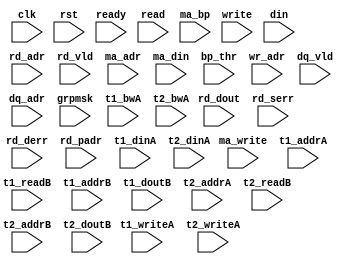
/*
 * Copyright (C) 2011 Memoir Systems Inc. These coded instructions, statements, and computer programs are
 * Confidential Proprietary Information of Memoir Systems Inc. and may not be disclosed to third parties
 * or copied in any form, in whole or in part, without the prior written consent of Memoir Systems Inc.
 * 
 * */

module algo_2r1w4m2d_m73_sva_wrap
#(parameter IP_WIDTH = 32, parameter IP_BITWIDTH = 5, parameter IP_DECCBITS = 7, parameter IP_NUMADDR = 8192, parameter IP_BITADDR = 13, 
parameter IP_NUMVBNK = 4,	parameter IP_BITVBNK = 2, parameter IP_BITPBNK = 3,
parameter IP_ENAECC = 0, parameter IP_ENAPAR = 0, parameter IP_SECCBITS = 5, parameter IP_SECCDWIDTH = 11, 
parameter FLOPECC = 0, parameter FLOPIN = 0, parameter FLOPOUT = 0, parameter FLOPCMD = 0, parameter FLOPMEM = 0,
parameter IP_REFRESH = 1, parameter IP_REFFREQ = 6,  parameter IP_REFFRHF = 0,

parameter T1_WIDTH = 32, parameter T1_NUMVBNK = 4, parameter T1_BITVBNK = 2, parameter T1_DELAY = 1, parameter T1_NUMVROW = 2048, parameter T1_BITVROW = 11, 
parameter T1_BITWSPF = 0, parameter T1_NUMWRDS = 1, parameter T1_BITWRDS = 1, parameter T1_NUMSROW = 2048, parameter T1_BITSROW = 11, parameter T1_PHYWDTH = 32,

parameter T2_WIDTH = 27, parameter T2_NUMVBNK = 8, parameter T2_BITVBNK = 3, parameter T2_DELAY = 1, parameter T2_NUMVROW = 2048, parameter T2_BITVROW = 11,
parameter T2_BITWSPF = 0, parameter T2_NUMWRDS = 1, parameter T2_BITWRDS = 1, parameter T2_NUMSROW = 2048, parameter T2_BITSROW = 11, parameter T2_PHYWDTH = 27)
( clk, 		rst, 		ready,
  read, 	rd_adr, 	rd_dout, 	rd_vld, 	rd_serr, 	rd_derr, 	rd_padr,
  ma_write, 	ma_adr, 	ma_din,	        ma_bp,		bp_thr,
  write, 	wr_adr, 	din,
  dq_vld,       dq_adr,
 
  grpmsk,

t1_writeA, t1_addrA, t1_dinA, t1_bwA,
t1_readB, t1_addrB, t1_doutB,
t2_writeA, t2_addrA, t2_dinA, t2_bwA, 
t2_readB, t2_addrB, t2_doutB);

  parameter NUMRDPT = 2;
  parameter NUMWRPT = 1;
  parameter NUMMAPT = 4;
  parameter NUMDQPT = 2;
  
  parameter T1_INST = T1_NUMVBNK;
  parameter T2_INST = T2_NUMVBNK;
  
  parameter WIDTH = IP_WIDTH;
  parameter BITWDTH = IP_BITWIDTH;
  parameter NUMADDR = IP_NUMADDR;
  parameter BITADDR = IP_BITADDR;
  
  parameter NUMVROW = T1_NUMVROW;  // ALGO1 Parameters
  parameter BITVROW = T1_BITVROW;
  parameter NUMVBNK = T1_NUMVBNK;
  parameter BITVBNK = T1_BITVBNK;
  
  parameter NUMWRDS = T1_NUMWRDS;     // ALIGN Parameters
  parameter BITWRDS = T1_BITWRDS;
  parameter NUMSROW = T1_NUMSROW;
  parameter BITSROW = T1_BITSROW;
  
  parameter ECCBITS = IP_SECCBITS;
  parameter SRAM_DELAY = T2_DELAY;
  parameter DRAM_DELAY = T1_DELAY;
  
  parameter MEMWDTH = WIDTH;
  parameter PHYWDTH = NUMWRDS*MEMWDTH;
  parameter BITPADR = BITVBNK+BITSROW+BITWRDS+1;
  parameter SDOUT_WIDTH = 2*BITVROW+ECCBITS;
//  parameter SDOUT_WIDTH = BITVROW;

input clk; input rst;
input ready; 

input  [NUMMAPT - 1:0]				ma_write; 
input  [NUMMAPT* BITADDR - 1:0] 	ma_adr; 
input  [NUMMAPT* WIDTH - 1:0]		ma_din;
input  [NUMMAPT - 1:0]				ma_bp; 
input [7:0]				bp_thr;

input  [NUMWRPT - 1:0]				write; 
input  [NUMWRPT* BITADDR - 1:0] 	wr_adr; 
input  [NUMWRPT* WIDTH - 1:0]		din;

input  [NUMRDPT - 1:0] 				read; 
input  [NUMRDPT* BITADDR - 1:0] 	rd_adr; 
input [NUMRDPT* WIDTH - 1:0] 		rd_dout; 
input [NUMRDPT - 1:0] 				rd_vld; 
input [NUMRDPT - 1:0] 				rd_serr; 
input [NUMRDPT - 1:0] 				rd_derr; 
input [NUMRDPT* BITPADR - 1:0] 	rd_padr;

input  [NUMDQPT - 1:0]			dq_vld;
input  [NUMDQPT* BITADDR - 1:0]		dq_adr;

input  [NUMVBNK - 1:0]                  grpmsk;

input [T1_INST- 1:0] 			t1_writeA; 
input [T1_INST*BITSROW - 1:0] t1_addrA; 
input [T1_INST*PHYWDTH - 1:0] 	t1_dinA;
input [T1_INST*PHYWDTH - 1:0] 	t1_bwA; 
input [T1_INST - 1:0] 			t1_readB; 
input [T1_INST*BITSROW - 1:0] t1_addrB; 
input  [T1_INST*PHYWDTH - 1:0] 	t1_doutB;

input [T2_INST - 1:0] t2_writeA; 
input [T2_INST*BITVROW - 1:0] t2_addrA; 
input [T2_INST*SDOUT_WIDTH - 1:0] t2_dinA; 
input [T2_INST*SDOUT_WIDTH - 1:0] t2_bwA;

input [T2_INST - 1:0] t2_readB; 
input [T2_INST*BITVROW - 1:0] t2_addrB; 
input  [T2_INST*SDOUT_WIDTH - 1:0] t2_doutB;

// BELOW is the shipped version of assertions for one instance.
// clean it up and enable it.


/* -----\/----- EXCLUDED -----\/-----

module memoir_2r1w4m2d_48Kx1794_sva_3_3_7207M
  #(
    parameter     NUMADDR = 49152,
    parameter     BITADDR = 16,
    parameter     NUMMAPT = 4,
    parameter     NUMDQPT = 2,
    parameter     BITVROW = 11,
    parameter     NUMVBNK = 24
    )
  (
   input                 clk,
   input                 rst,
   input                 ready,
   input [BITVROW:0]     bp_thr,
   input [BITVROW:0]     bp_hys,
   input [NUMVBNK-1:0]   grpmsk,
   input [NUMVBNK-1:0]   grpbp,
   input [NUMVBNK-1:0]   grpmt,
   input                 read_0,
   input [BITADDR - 1:0] addr_0,
   input                 read_vld_0,
   input                 read_1,
   input [BITADDR - 1:0] addr_1,
   input                 read_vld_1,

   input                 write_2,
   input [BITADDR - 1:0] addr_2,
   input                 wr_bp_3,
   input                 wr_vld_3,
   input [BITADDR - 1:0] addr_3,
   input                 wr_bp_4,
   input                 wr_vld_4,
   input [BITADDR - 1:0] addr_4,
   input                 wr_bp_5,
   input                 wr_vld_5,
   input [BITADDR - 1:0] addr_5,
   input                 wr_bp_6,
   input                 wr_vld_6,
   input [BITADDR - 1:0] addr_6,

   input                 dq_vld_7,
   input [BITADDR-1:0]   dq_adr_7,
   input                 dq_vld_8,
   input [BITADDR-1:0]   dq_adr_8
   );

  localparam CCWDTH = 32;
  localparam SBWDTH = CCWDTH + 1;
  localparam OCWDTH = BITVROW + 1;
  localparam BITBNK = BITADDR-BITVROW;
  localparam GPCWIN = 100;

  wire [BITBNK-1:0] bank_0  = addr_0[BITADDR-1:BITVROW];
  wire [BITBNK-1:0] bank_1  = addr_1[BITADDR-1:BITVROW];
  wire [BITBNK-1:0] bank_2  = addr_2[BITADDR-1:BITVROW];
  wire [BITBNK-1:0] bank_3  = addr_3[BITADDR-1:BITVROW];
  wire [BITBNK-1:0] bank_4  = addr_4[BITADDR-1:BITVROW];
  wire [BITBNK-1:0] bank_5  = addr_5[BITADDR-1:BITVROW];
  wire [BITBNK-1:0] bank_6  = addr_6[BITADDR-1:BITVROW];
  wire [BITBNK-1:0] bank_7  = dq_adr_7[BITADDR-1:BITVROW];
  wire [BITBNK-1:0] bank_8  = dq_adr_8[BITADDR-1:BITVROW];

  reg                    grpmsk_start;
  reg                    grpmsk_flag;
  reg                    grpbp_start;
  reg                    grpbp_flag;
  integer                grpf_int;
  always_comb begin
    grpmsk_start = 0;
    grpmsk_flag = 0;
    grpbp_start = 0;
    grpbp_flag = 0;
    for (grpf_int=NUMVBNK-1; grpf_int>=0; grpf_int=grpf_int-1) begin
      if (grpmsk_start && !grpmsk[grpf_int])
        grpmsk_flag = 1; // memoir - this line will not be covered under normal stimulus
      if (grpmsk[grpf_int])
        grpmsk_start = 1;
      if (grpbp_start && !grpbp[grpf_int])
        grpbp_flag = 1; // memoir - this line will not be covered under normal stimulus
      if (grpbp[grpf_int])
        grpbp_start = 1;
    end
  end
  
  assume_grpbp_less_check: assert property (@(posedge clk) disable iff (rst) (grpbp==(grpmsk & grpbp)))
    else $display("[ERROR:memoir:%m:%0t] grpbp not less grpmsk=0x%0x grpbp=0x%0x", $time, grpmsk, grpbp);
  assume_grpmsk_cont_check: assert property (@(posedge clk) disable iff (rst) !grpmsk_flag)
    else $display("[ERROR:memoir:%m:%0t] contiguous bits must be set grpmsk=0x%0x", $time, grpmsk);
  assume_grpbp_cont_check: assert property (@(posedge clk) disable iff (rst) !grpbp_flag)
    else $display("[ERROR:memoir:%m:%0t] contiguous bits must be set grpbp=0x%0x", $time, grpbp);
  /-* commented out since these two signals are changed in the tests
   assume_grpmsk_stable: assert property (@(posedge clk) disable iff (rst) $stable(grpmsk));
   assume_grpbp_stable: assert property (@(posedge clk) disable iff (rst) $stable(grpbp));
   *-/

  reg [NUMVBNK-1:0] grpmsk_d;
  always @(posedge clk)
    grpmsk_d <= grpmsk;
  wire              grpmsk_c = grpmsk_d != grpmsk;
  wire              grpmsk_c_l2h = grpmsk_d < grpmsk;
  wire              grpmsk_c_h2l = grpmsk_d > grpmsk;

  reg [NUMVBNK-1:0] grpbp_d;
  always @(posedge clk)
    grpbp_d <= grpbp;
  wire              grpbp_c = grpbp_d != grpbp;
  wire              grpbp_c_l2h = grpbp_d < grpbp;
  wire              grpbp_c_h2l = grpbp_d > grpbp;

  reg [6:0]         grp_ccnt;
  always @(posedge clk)
    if (!ready)
      grp_ccnt <= 7'h0;
    else
      if (grpbp_c_h2l)
        grp_ccnt <= GPCWIN;
      else
        grp_ccnt <= grp_ccnt - |grp_ccnt;

  wire              grp_ccnt_done = (grp_ccnt == 7'd1);

  reg               bp_bnk_alloc_chk;
  always @(posedge clk)
    if (!ready)
      bp_bnk_alloc_chk <= 1'b0;
    else
      if (grpmsk_c_h2l)
        bp_bnk_alloc_chk <= 1'b0;
      else if (grp_ccnt_done)
        bp_bnk_alloc_chk <= 1'b1;

  wire m_bad_bank = bp_bnk_alloc_chk & |((grpmsk ^ 
                                          grpbp) & 
                                         ((wr_vld_6 << bank_6) |
                                          (wr_vld_5 << bank_5) |
                                          (wr_vld_4 << bank_4) |
                                          (wr_vld_3 << bank_3)));
  
  assert_grpbp_h2l_to_grpmsk_change_check: assert property (@(posedge clk) disable iff (!ready) grpbp_c_h2l |-> (!grpmsk_c [*GPCWIN]))
    else $display("[ERROR:memoir:%m:%0t] grpbp_h2l - grpmsk changed too soon grpmsk=0x%0x grpbp=0x%0x grpmt=0x%0x", $time, grpmsk, grpbp, grpmt);

  assert_grpbp_h2l_bad_alloc_check : assert property (@(posedge clk) disable iff (!ready) (!m_bad_bank))
    else $display ("[ERROR:memoir:%m:%0t] grpbp_h2l - bank allocated %0d cycles after grpbp change grpmsk=0x%0x grpbp=0x%0x grpmt=0x%0x", $time, GPCWIN, grpmsk, grpbp, grpmt);

  assert_bp_thr_check: assert property (@(posedge clk) disable iff (!ready) (bp_hys >= bp_thr))
    else $display("[ERROR:memoir:%m:%0t] bp_hys >= bp_thr failed bp_thr=%0d bp_hys=%0d", $time, bp_thr, bp_hys);

  assert_read_0_range_check: assert property (@(posedge clk) disable iff (!ready) read_0 |-> (addr_0 < NUMADDR))
    else $display("[ERROR:memoir:%m:%0t] r0 read address not in range addr=0x%0x", $time, addr_0);
  assert_read_1_range_check: assert property (@(posedge clk) disable iff (!ready) read_1 |-> (addr_1 < NUMADDR))
    else $display("[ERROR:memoir:%m:%0t] r1 read address not in range addr=0x%0x", $time, addr_1);
  assert_write_2_range_check: assert property (@(posedge clk) disable iff (!ready) write_2 |-> (addr_2 < NUMADDR))
    else $display("[ERROR:memoir:%m:%0t] w2 write address not in range addr=0x%0x", $time, addr_2);

  assert_wr_vld_3_range_check: assert property (@(posedge clk) disable iff (!ready) wr_vld_3 |-> (addr_3 < NUMADDR))
    else $display("[ERROR:memoir:%m:%0t] m0 malloc address not in range addr=0x%0x", $time, addr_3);
  assert_wr_vld_4_range_check: assert property (@(posedge clk) disable iff (!ready) wr_vld_4 |-> (addr_4 < NUMADDR))
    else $display("[ERROR:memoir:%m:%0t] m1 malloc address not in range addr=0x%0x", $time, addr_4);
  assert_wr_vld_5_range_check: assert property (@(posedge clk) disable iff (!ready) wr_vld_5 |-> (addr_5 < NUMADDR))
    else $display("[ERROR:memoir:%m:%0t] m2 malloc address not in range addr=0x%0x", $time, addr_5);
  assert_wr_vld_6_range_check: assert property (@(posedge clk) disable iff (!ready) wr_vld_6 |-> (addr_6 < NUMADDR))
    else $display("[ERROR:memoir:%m:%0t] m3 malloc address not in range addr=0x%0x", $time, addr_6);

  assert_dq_vld_7_range_check: assert property (@(posedge clk) disable iff (!ready) dq_vld_7 |-> (dq_adr_7 < NUMADDR))
    else $display("[ERROR:memoir:%m:%0t] dq0 read address not in range addr=0x%0x", $time, dq_adr_7);
  assert_dq_vld_8_range_check: assert property (@(posedge clk) disable iff (!ready) dq_vld_8 |-> (dq_adr_8 < NUMADDR))
    else $display("[ERROR:memoir:%m:%0t] dq1 read address not in range addr=0x%0x", $time, dq_adr_8);

  reg [CCWDTH-1:0] cycle_count;

  always @(posedge clk) begin : cycle_counter
    if (rst)
      cycle_count <= {CCWDTH{1'b0}};
    else
      cycle_count <= cycle_count + 1'b1;
  end

  reg [SBWDTH-1:0] score_board [0:NUMADDR-1]; // {vld, cyc cnt at event}

  integer sb_c;
  always @(posedge clk) begin : score_board_write
    if (rst)
      for (sb_c = 0; sb_c < NUMADDR; sb_c++)
        score_board[sb_c] <= {SBWDTH{1'b0}};
    else begin
      if (wr_vld_3)
        score_board[addr_3] <= {1'b1,cycle_count};
      if (wr_vld_4)
        score_board[addr_4] <= {1'b1,cycle_count};
      if (wr_vld_5)
        score_board[addr_5] <= {1'b1,cycle_count};
      if (wr_vld_6)
        score_board[addr_6] <= {1'b1,cycle_count};
      if (dq_vld_7)
        score_board[dq_adr_7] <= {1'b0,cycle_count};
      if (dq_vld_8)
        score_board[dq_adr_8] <= {1'b0,cycle_count};
    end
  end
  
  assert_wr_vld_3_realloc_check: assert property (@(posedge clk) disable iff (!ready) wr_vld_3 |-> !(score_board[addr_3][SBWDTH-1]))
    else $display("[ERROR:memoir:%m:%0t] m0 reallocating non-free addr=0x%0x", $time, addr_3);
  assert_wr_vld_4_realloc_check: assert property (@(posedge clk) disable iff (!ready) wr_vld_4 |-> !(score_board[addr_4][SBWDTH-1]))
    else $display("[ERROR:memoir:%m:%0t] m1 reallocating non-free addr=0x%0x", $time, addr_4);
  assert_wr_vld_5_realloc_check: assert property (@(posedge clk) disable iff (!ready) wr_vld_5 |-> !(score_board[addr_5][SBWDTH-1]))
    else $display("[ERROR:memoir:%m:%0t] m2 reallocating non-free addr=0x%0x", $time, addr_5);
  assert_wr_vld_6_realloc_check: assert property (@(posedge clk) disable iff (!ready) wr_vld_6 |-> !(score_board[addr_6][SBWDTH-1]))
    else $display("[ERROR:memoir:%m:%0t] m3 reallocating non-free addr=0x%0x", $time, addr_6);
  assert_dq_vld_7_noalloc_check: assert property (@(posedge clk) disable iff (!ready) dq_vld_7 |-> (score_board[dq_adr_7][SBWDTH-1]))
    else $display("[ERROR:memoir:%m:%0t] dq0 freeing non-allocated addr=0x%0x", $time, dq_adr_7);
  assert_dq_vld_8_noalloc_check: assert property (@(posedge clk) disable iff (!ready) dq_vld_8 |-> (score_board[dq_adr_8][SBWDTH-1]))
    else $display("[ERROR:memoir:%m:%0t] dq1 freeing non-allocated addr=0x%0x", $time, dq_adr_8);


  assert_read_bank_conflict_check: assert property (@(posedge clk) disable iff (!ready) !(read_0 & read_1 & (bank_0 == bank_1)))
    else $display("[ERROR:memoir:%m:%0t] read bank conflict r0 r1 bank0=%0d bank1=%0d", $time, bank_0, bank_1);

  assert_write_2_bad_bank_check: assert property (@(posedge clk) disable iff (!ready) write_2 |-> (grpmt[bank_2]))
    else $display("[ERROR:memoir:%m:%0t] w2 write to non-empty bank grpmt=0x%0x bank=%0d", $time, grpmt, bank_2);

  assert_wr_vld_3_bad_bank_check: assert property (@(posedge clk) disable iff (!ready) wr_vld_3 |-> (grpmsk[bank_3]))
    else $display("[ERROR:memoir:%m:%0t] m0 alloc on bad bank grpmsk=0x%0x bank=%0d", $time, grpmsk, bank_3);
  assert_wr_vld_4_bad_bank_check: assert property (@(posedge clk) disable iff (!ready) wr_vld_4 |-> (grpmsk[bank_4]))
    else $display("[ERROR:memoir:%m:%0t] m1 alloc on bad bank grpmsk=0x%0x bank=%0d", $time, grpmsk, bank_4);
  assert_wr_vld_5_bad_bank_check: assert property (@(posedge clk) disable iff (!ready) wr_vld_5 |-> (grpmsk[bank_5]))
    else $display("[ERROR:memoir:%m:%0t] m2 alloc on bad bank grpmsk=0x%0x bank=%0d", $time, grpmsk, bank_5);
  assert_wr_vld_6_bad_bank_check: assert property (@(posedge clk) disable iff (!ready) wr_vld_6 |-> (grpmsk[bank_6]))
    else $display("[ERROR:memoir:%m:%0t] m3 alloc on bad bank grpmsk=0x%0x bank=%0d", $time, grpmsk, bank_6);
  assert_dq_vld_7_empty_bank_check: assert property (@(posedge clk) disable iff (!ready) dq_vld_7 |-> (!grpmt[bank_7]))
    else $display("[ERROR:memoir:%m:%0t] dq0 dequeue on empty bank grpmt=0x%0x bank=%0d", $time, grpmt, bank_7);
  assert_dq_vld_8_empty_bank_check: assert property (@(posedge clk) disable iff (!ready) dq_vld_8 |-> (!grpmt[bank_8]))
    else $display("[ERROR:memoir:%m:%0t] dq1 dequeue on empty bank grpmt=0x%0x bank=%0d", $time, grpmt, bank_8);

  reg [OCWDTH-1:0]  bank_alloc_count [0:NUMVBNK-1];
  reg [OCWDTH-1:0]  bank_alloc_count_c [0:NUMVBNK-1];

  integer           bo_a;
  always_comb begin : bank_alloc_calc
    for (bo_a = 0; bo_a < NUMVBNK; bo_a++)
      bank_alloc_count_c[bo_a] = bank_alloc_count[bo_a];
    bank_alloc_count_c[bank_3] = bank_alloc_count_c[bank_3] + wr_vld_3;
    bank_alloc_count_c[bank_4] = bank_alloc_count_c[bank_4] + wr_vld_4;
    bank_alloc_count_c[bank_5] = bank_alloc_count_c[bank_5] + wr_vld_5;
    bank_alloc_count_c[bank_6] = bank_alloc_count_c[bank_6] + wr_vld_6;
  end

  integer bo_b;
  always @(posedge clk) begin : bank_alloc_count_write
    for (bo_b = 0; bo_b < NUMVBNK; bo_b++)
      if (rst)
        bank_alloc_count[bo_b] <= {OCWDTH{1'b0}};
      else
        bank_alloc_count[bo_b] <= bank_alloc_count_c[bo_b];
  end

  reg [OCWDTH-1:0] max_alloc;
  reg [OCWDTH-1:0] min_alloc;
  reg [BITADDR:0]  cnt_alloc;
  integer mmi;
  always_comb begin : min_max_alloc_calc
    max_alloc = 0;
    min_alloc = {OCWDTH{1'b1}};
    cnt_alloc = 0;
    for (mmi = 0; mmi < NUMVBNK; mmi++) begin
      if (grpmsk[mmi]) begin
        max_alloc = (bank_alloc_count[mmi] > max_alloc) ? bank_alloc_count[mmi] : max_alloc;
        min_alloc = (bank_alloc_count[mmi] < min_alloc) ? bank_alloc_count[mmi] : min_alloc;
        cnt_alloc = bank_alloc_count[mmi] + cnt_alloc;
      end
    end
  end
  wire [OCWDTH-1:0] dif_alloc = max_alloc - min_alloc;

  integer           bo_d;
  string            s;           
  final begin
    s = "";
    for (bo_d = 0; bo_d < NUMVBNK; bo_d++)
      if (grpmsk[bo_d]) 
        s = $psprintf("%s %0d", s, bank_alloc_count[bo_d]);
    $display("[INFO:memoir:%m:%0t] alloc stats: %s - min=%0d max=%0d diff=%0d tot=%0d", $time, s, min_alloc, max_alloc, dif_alloc, cnt_alloc);
  end

  reg [OCWDTH-1:0] bank_occupancy_count [0:NUMVBNK-1];
  reg [OCWDTH-1:0] bank_occupancy_count_c [0:NUMVBNK-1];
  integer bo_e;
  always_comb begin : bank_occ_calc
    for (bo_e = 0; bo_e < NUMVBNK; bo_e++)
      bank_occupancy_count_c[bo_e] = bank_occupancy_count[bo_e];
    bank_occupancy_count_c[bank_3] = bank_occupancy_count_c[bank_3] + wr_vld_3;
    bank_occupancy_count_c[bank_4] = bank_occupancy_count_c[bank_4] + wr_vld_4;
    bank_occupancy_count_c[bank_5] = bank_occupancy_count_c[bank_5] + wr_vld_5;
    bank_occupancy_count_c[bank_6] = bank_occupancy_count_c[bank_6] + wr_vld_6;
    bank_occupancy_count_c[bank_7] = bank_occupancy_count_c[bank_7] - dq_vld_7;
    bank_occupancy_count_c[bank_8] = bank_occupancy_count_c[bank_8] - dq_vld_8;
  end

  integer bo_f;
  always @(posedge clk) begin : bank_occupancy_count_write
    for (bo_f = 0; bo_f < 12; bo_f++)
      if (rst)
        bank_occupancy_count[bo_f] <= {OCWDTH{1'b0}};
      else
        bank_occupancy_count[bo_f] <= bank_occupancy_count_c[bo_f];
  end

  reg [OCWDTH-1:0] max_occ;
  reg [OCWDTH-1:0] min_occ;
  reg [BITADDR:0]  cnt_occ;
  integer mmj;
  always_comb begin : min_max_occ_calc
    max_occ = 0;
    min_occ = {OCWDTH{1'b1}};
    cnt_occ = 0;
    for (mmj = 0; mmj < 12; mmj++) begin
      if (grpmsk[mmj]) begin
        max_occ = (bank_occupancy_count[mmj] > max_occ) ? bank_occupancy_count[mmj] : max_occ;
        min_occ = (bank_occupancy_count[mmj] < min_occ) ? bank_occupancy_count[mmj] : min_occ;
        cnt_occ = bank_occupancy_count[mmj] + cnt_occ;
      end
    end
  end
  wire [OCWDTH-1:0] dif_occ = max_occ - min_occ;

  reg [NUMVBNK-1:0] bank_alloc_map;
  integer           bo_c;
  always @(posedge clk) begin : bank_alloc_map_write
    for (bo_c = 0; bo_c < NUMVBNK; bo_c++)
      if (rst)
        bank_alloc_map[bo_c] <= 1'b0;
      else
        bank_alloc_map[bo_c] <= bank_alloc_map[bo_c] | (|bank_alloc_count[bo_c]);
  end

  reg [NUMVBNK-1:0] grpmsk_aggr;
  always @(posedge clk)
    grpmsk_aggr <= ready ? (grpmsk | grpmsk_aggr) : {NUMVBNK{1'b0}};
  
  cover_all_banks_allocated : cover property (@(posedge clk) disable iff (!ready || (cnt_alloc < 200)) (grpmsk_aggr == bank_alloc_map));

  // post-backpressure sent packet count

  wire [NUMMAPT-1:0] wr_bp_c = {wr_bp_6,wr_bp_5,wr_bp_4,wr_bp_3};
  reg [NUMMAPT-1:0] wr_bp_d;
  always @(posedge clk) begin : bp_del
    wr_bp_d <= wr_bp_c;
  end

  reg [NUMMAPT-1:0] wr_bp_up;
  reg [NUMMAPT-1:0] wr_bp_dn;
  integer           bp_a;
  always @(posedge clk) begin : bp_ud
    for (bp_a = 0; bp_a < NUMMAPT; bp_a++)
      if (rst) begin
        wr_bp_up[bp_a] <= 1'b0;
        wr_bp_dn[bp_a] <= 1'b0;
      end else begin
        wr_bp_up[bp_a] <=  wr_bp_c[bp_a] & !wr_bp_d[bp_a];
        wr_bp_dn[bp_a] <= !wr_bp_c[bp_a] &  wr_bp_d[bp_a];
      end
  end

  reg  [OCWDTH-1:0] pb_pkt_cnt[0:NUMMAPT-1];
  integer           bp_b;
  always @(posedge clk) begin : pb_pkt_cnt_write
    for (bp_b = 0; bp_b < NUMMAPT; bp_b++)
      if (rst)
        pb_pkt_cnt[bp_b] <= {OCWDTH{1'b0}};
      else if (wr_bp_up[bp_b] | wr_bp_dn[bp_b])
        pb_pkt_cnt[bp_b] <= {OCWDTH{1'b0}};
      else
        pb_pkt_cnt[bp_b] <= pb_pkt_cnt[bp_b] + wr_bp_d[bp_b];
  end

  covergroup pb_pkt_cnt_all_v (reg [OCWDTH-1:0] pkt_cnt) @(posedge clk);
    cnt : coverpoint pkt_cnt {
      bins all[] = {[0:256]};
    }
  endgroup // pb_pkts

  genvar pbi;
  generate begin : pb_pkt_cg_loop
    for (pbi = 0; pbi < NUMMAPT; pbi++)
      pb_pkt_cnt_all_v pb_pkt_cnt_cg = new(pb_pkt_cnt[pbi]);
  end
  endgenerate
  
  covergroup grpmsk_all_v @(posedge clk);
    all : coverpoint grpmsk {
      bins grpmsk_1f = {31};
      bins grpmsk_3f = {63};
      bins grpmsk_7f = {127};
      bins grpmsk_ff = {255};
      bins grpmsk_1ff = {511};
      bins grpmsk_3ff = {1023};
      bins grpmsk_7ff = {2047};
      bins grpmsk_fff = {4095};      
    }
  endgroup
  grpmsk_all_v gm_cg = new;

  covergroup grpbp_all_v @(posedge clk);
    all : coverpoint grpbp {
      bins grpbp_7 = {'h7};
      bins grpbp_f = {'hf};
      bins grpbp_1f = {'h1f};
      bins grpbp_3f = {'h3f};
      bins grpbp_7f = {'h7f};
      bins grpbp_ff = {'hff};
      bins grpbp_1ff = {'h1ff};
      bins grpbp_3ff = {'h3ff};
      bins grpbp_7ff = {'h7ff};
      bins grpbp_fff = {'hfff};
      bins grpbp_1fff = {'h1fff};      
      bins grpbp_3fff = {'h3fff};      
      bins grpbp_7fff = {'h7fff};      
      bins grpbp_ffff = {'hffff};      
      bins grpbp_1ffff = {'h1ffff};      
      bins grpbp_3ffff = {'h3ffff};      
      bins grpbp_7ffff = {'h7ffff};      
      bins grpbp_fffff = {'hfffff};      
      bins grpbp_1fffff = {'h1fffff};      
      bins grpbp_3fffff = {'h3fffff};      
      bins grpbp_7fffff = {'h7fffff};      
      bins grpbp_ffffff = {'hffffff};      
    }
  endgroup
  grpbp_all_v gb_cg = new;

  covergroup bp_thr_all_v @(posedge clk);
    all : coverpoint bp_thr {
      bins bp_thr_low = {[0:20]};
      bins bp_thr_med = {[21:100]};
      bins bp_thr_high = {[101:2047]};
    }
  endgroup
  bp_thr_all_v bp_cg = new;

  wire [NUMMAPT-1:0] rd_vld_bus = {read_vld_1,read_vld_0};
  covergroup rd_vld_all_v @(posedge clk);
    all : coverpoint rd_vld_bus {
      bins all[] = {[0:3]};
    }
  endgroup // rd_vld_bus
  rd_vld_all_v rv_cg = new;

  wire [NUMMAPT-1:0] ma_vld_bus = {wr_vld_6,wr_vld_5,wr_vld_4,wr_vld_3};
  covergroup ma_vld_all_v @(posedge clk);
    all : coverpoint ma_vld_bus {
      bins all[] = {[0:15]};
    }
  endgroup // ma_vld_bus
  ma_vld_all_v mv_cg = new;

  wire [NUMDQPT-1:0] dq_vld_bus = {dq_vld_8,dq_vld_7};
  covergroup dq_vld_all_v @(posedge clk);
    all: coverpoint dq_vld_bus {
      bins all[] = {[0:3]};
    }
  endgroup // dq_vld_all_v
  dq_vld_all_v dv_cg = new;

endmodule // memoir_2r1w4m2d_48Kx1794_sva_3_3_7207M

 -----/\----- EXCLUDED -----/\----- */

endmodule